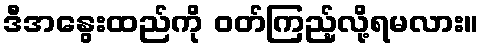
ဒီအနွေးထည်ကို ဝတ်ကြည့်လို့ရမလား။